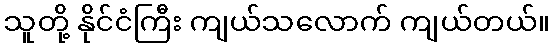
သူတို့ နိုင်ငံကြီး ကျယ်သလောက် ကျယ်တယ်။